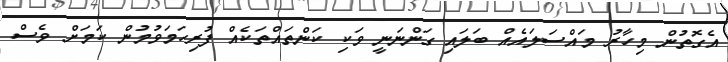
އެގޮތުން މިހާރު މައްސަލައެއް ބަލައި ގަންނަނީ ވަކި ކަންތައްތަކެއް ފުރިހަމަވުމުން ކަމަށް ވެސް